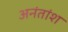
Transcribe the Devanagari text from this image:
अनंतांश